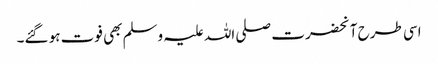
اسی طرح آنحضرت صلی اللہ علیہ وسلم بھی فوت ہو گئے۔